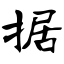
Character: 据